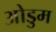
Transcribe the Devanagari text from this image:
ओडुम